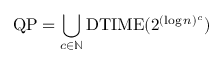
{ \mathrm { Q P } } = \bigcup _ { c \in \mathbb { N } } { \mathrm { D T I M E } } ( 2 ^ { ( \log n ) ^ { c } } )